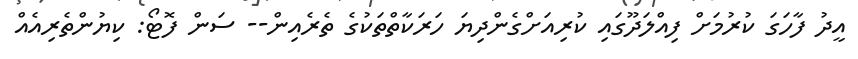
އީދު ފާހަގަ ކުރުމަށް ފިއްލަދޫގައި ކުރިއަށްގެންދިޔަ ހަރަކާތްތަކުގެ ތެރެއިން-- ސަން ފޮޓޯ: ކިޔުންތެރިއެއް